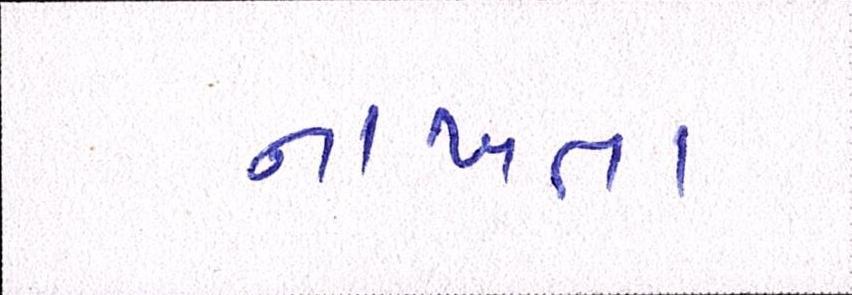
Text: નાખતા